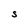
Character: S